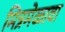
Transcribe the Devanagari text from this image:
मित्रमेळावा